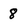
Character: 8